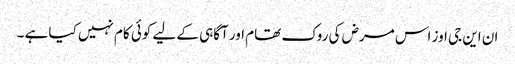
ان این جی اوز اس مرض کی روک تھام اور آگاہی کے لیے کوئی کام نہیں کیا ہے ۔